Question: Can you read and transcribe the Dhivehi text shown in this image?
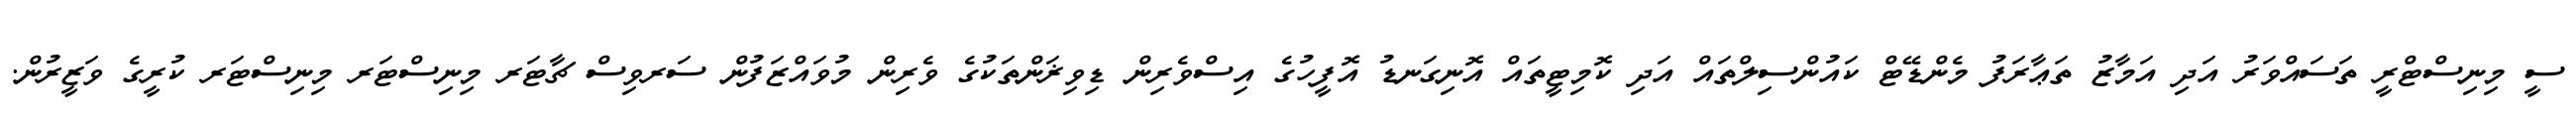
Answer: ސީ މިނިސްޓްރީ ތަސައްވަރު އަދި އަމާޒު ތަޢާރަފު މެންޑޭޓް ކައުންސިލްތައް އަދި ކޮމިޓީތައް އޮނިގަނޑު އޮފީހުގެ އިސްވެރިން ޑިވިޜަންތަކުގެ ވެރިން މުވައްޒަފުން ސަރވިސް ޗާޓަރ މިނިސްޓަރ މިނިސްޓަރ ކުރީގެ ވަޒީރުން.